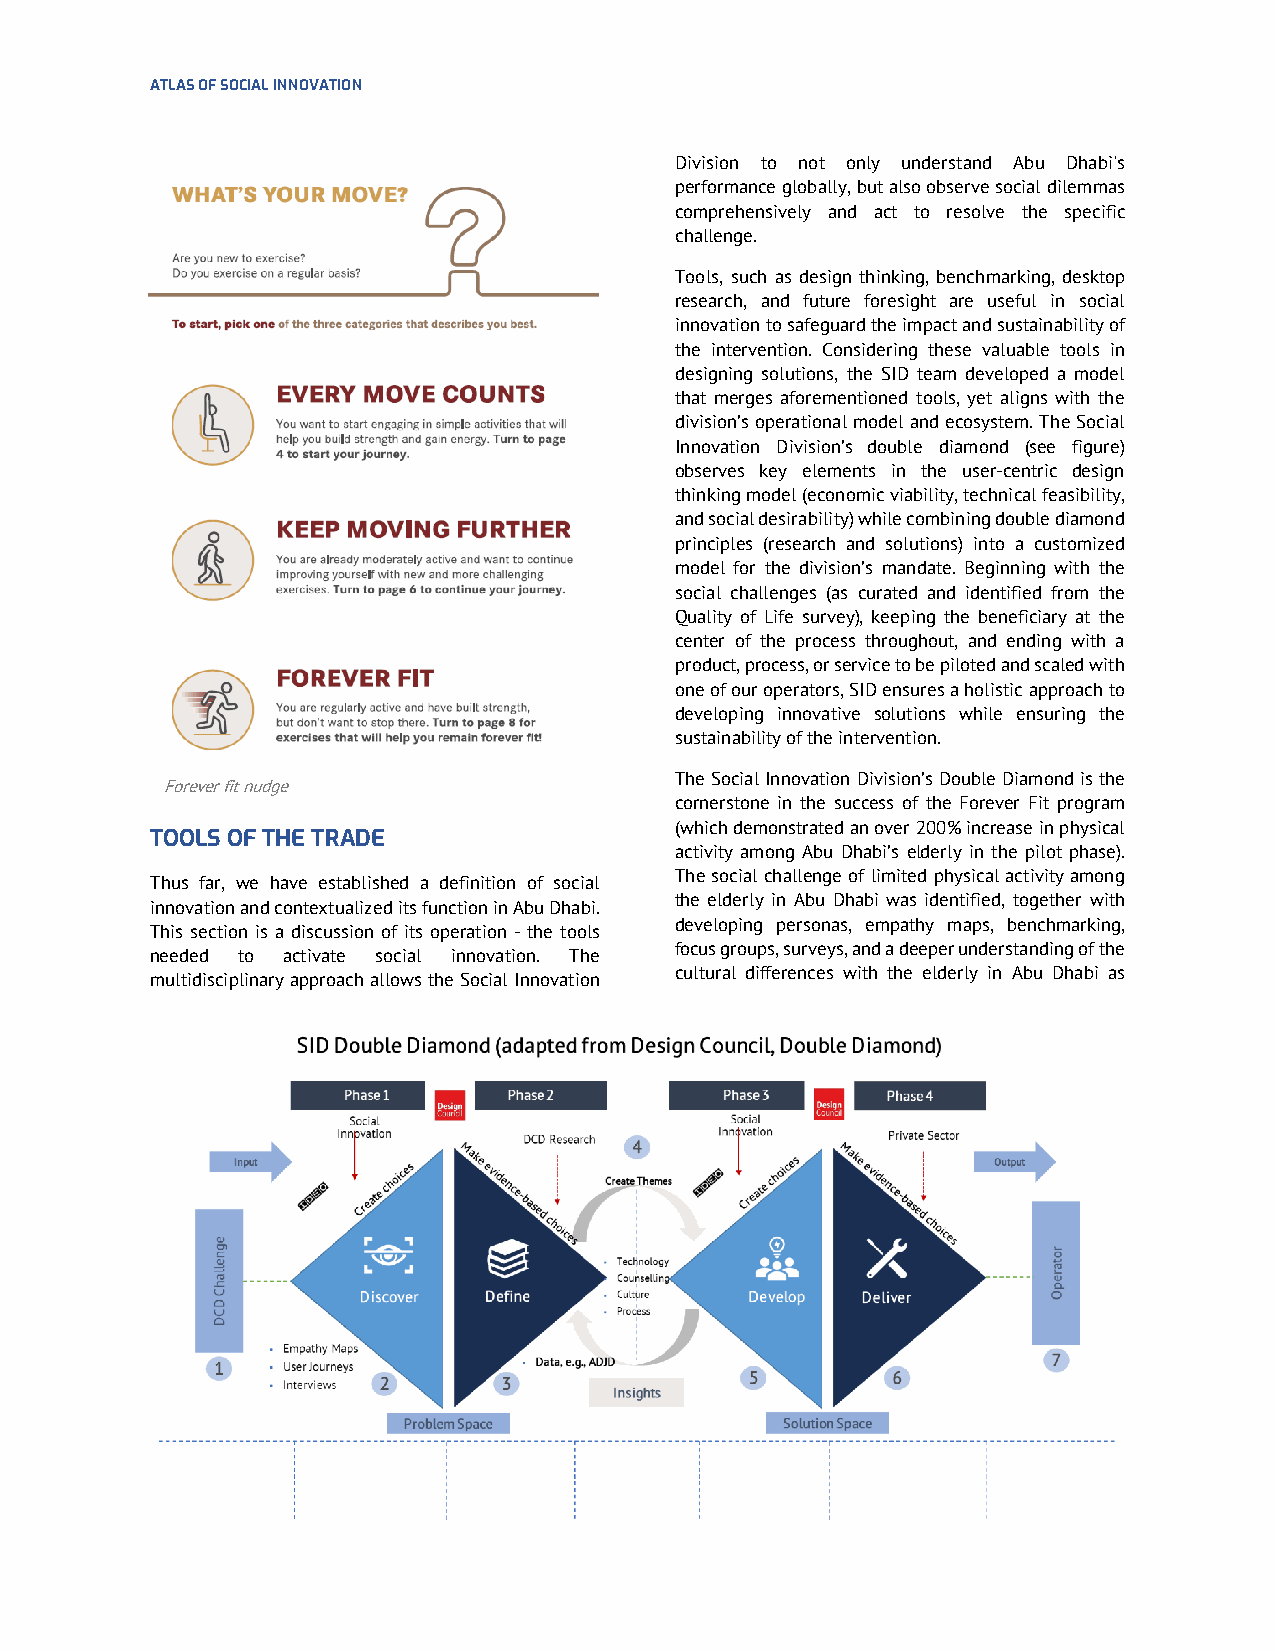
ATLAS OF SOCIAL INNOVATION
 Division to not only understand Abu Dhabi's
 performance globally, but also observe social dilemmas
 comprehensively and act to resolve the specific
 challenge.
 Tools, such as design thinking, benchmarking, desktop
 research, and future foresight are useful in social
 innovation to safeguard the impact and sustainability of
 the intervention. Considering these valuable tools in
 designing solutions, the SID team developed a model
 that merges aforementioned tools, yet aligns with the
 division’s operational model and ecosystem. The Social
 Innovation Division’s double diamond (see figure)
 observes key elements in the user-centric design
 thinking model (economic viability, technical feasibility,
 and social desirability) while combining double diamond
 principles (research and solutions) into a customized
 model for the division’s mandate. Beginning with the
 social challenges (as curated and identified from the
 Quality of Life survey), keeping the beneficiary at the
 center of the process throughout, and ending with a
 product, process, or service to be piloted and scaled with
 one of our operators, SID ensures a holistic approach to
 developing innovative solutions while ensuring the
 sustainability of the intervention.
 The Social Innovation Division’s Double Diamond is the
 Forever fit nudge
 cornerstone in the success of the Forever Fit program
 (which demonstrated an over 200% increase in physical
 TOOLS OF THE TRADE
 activity among Abu Dhabi’s elderly in the pilot phase).
 The social challenge of limited physical activity among
 Thus far, we have established a definition of social
 the elderly in Abu Dhabi was identified, together with
 innovation and contextualized its function in Abu Dhabi.
 developing personas, empathy maps, benchmarking,
 This section is a discussion of its operation - the tools
 focus groups, surveys, and a deeper understanding of the
 needed to activate social innovation. The
 cultural differences with the elderly in Abu Dhabi as
 multidisciplinary approach allows the Social Innovation